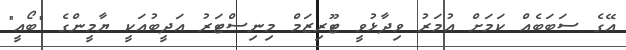
އޭގެ ސަބަބެއް ކަމަށް އުމަރު ވިދާޅުވީ ޓޫރިޒަމް މިނިސްޓަރު އަދީބުއަކީ ޔާމީންގެ "ބޯއީ"